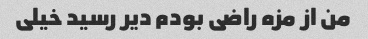
من از مزه راضی بودم دیر رسید خیلی